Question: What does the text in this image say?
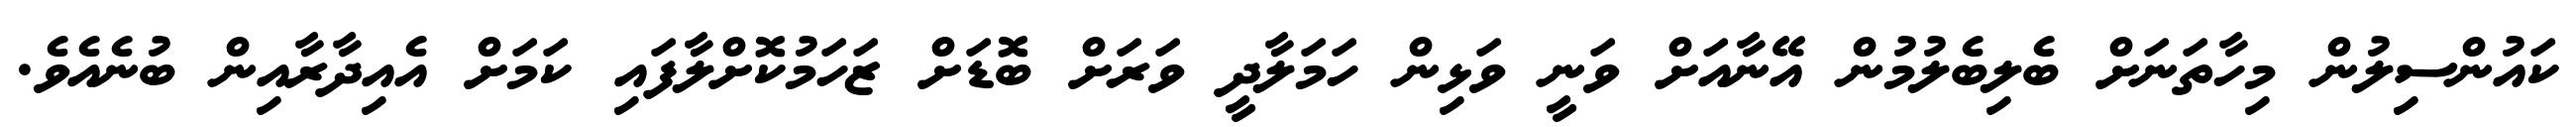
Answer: ކައުންސިލުން މިހާތަނަށް ބެލިބެލުމުން އޭނާއަށް ވަނީ ވަޅިން ހަމަލާދީ ވަރަށް ބޮޑަށް ޒަހަމުކޮށްލާފައި ކަމަށް އެއިދާރާއިން ބުނެއެވެ.